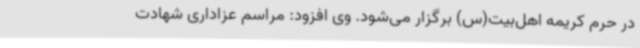
در حرم کریمه اهل‌بیت(س) برگزار می‌شود. وی افزود: مراسم عزاداری شهادت